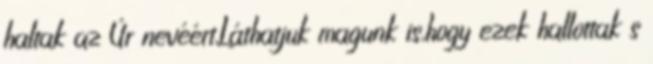
haltak az Úr nevéért.Láthatjuk magunk is,hogy ezek hallottak s